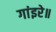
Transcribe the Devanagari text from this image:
गांइरे॥